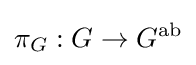
\pi _{G}:G\to G^{\text{ab}}